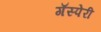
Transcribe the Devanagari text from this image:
गॅस्पेरी